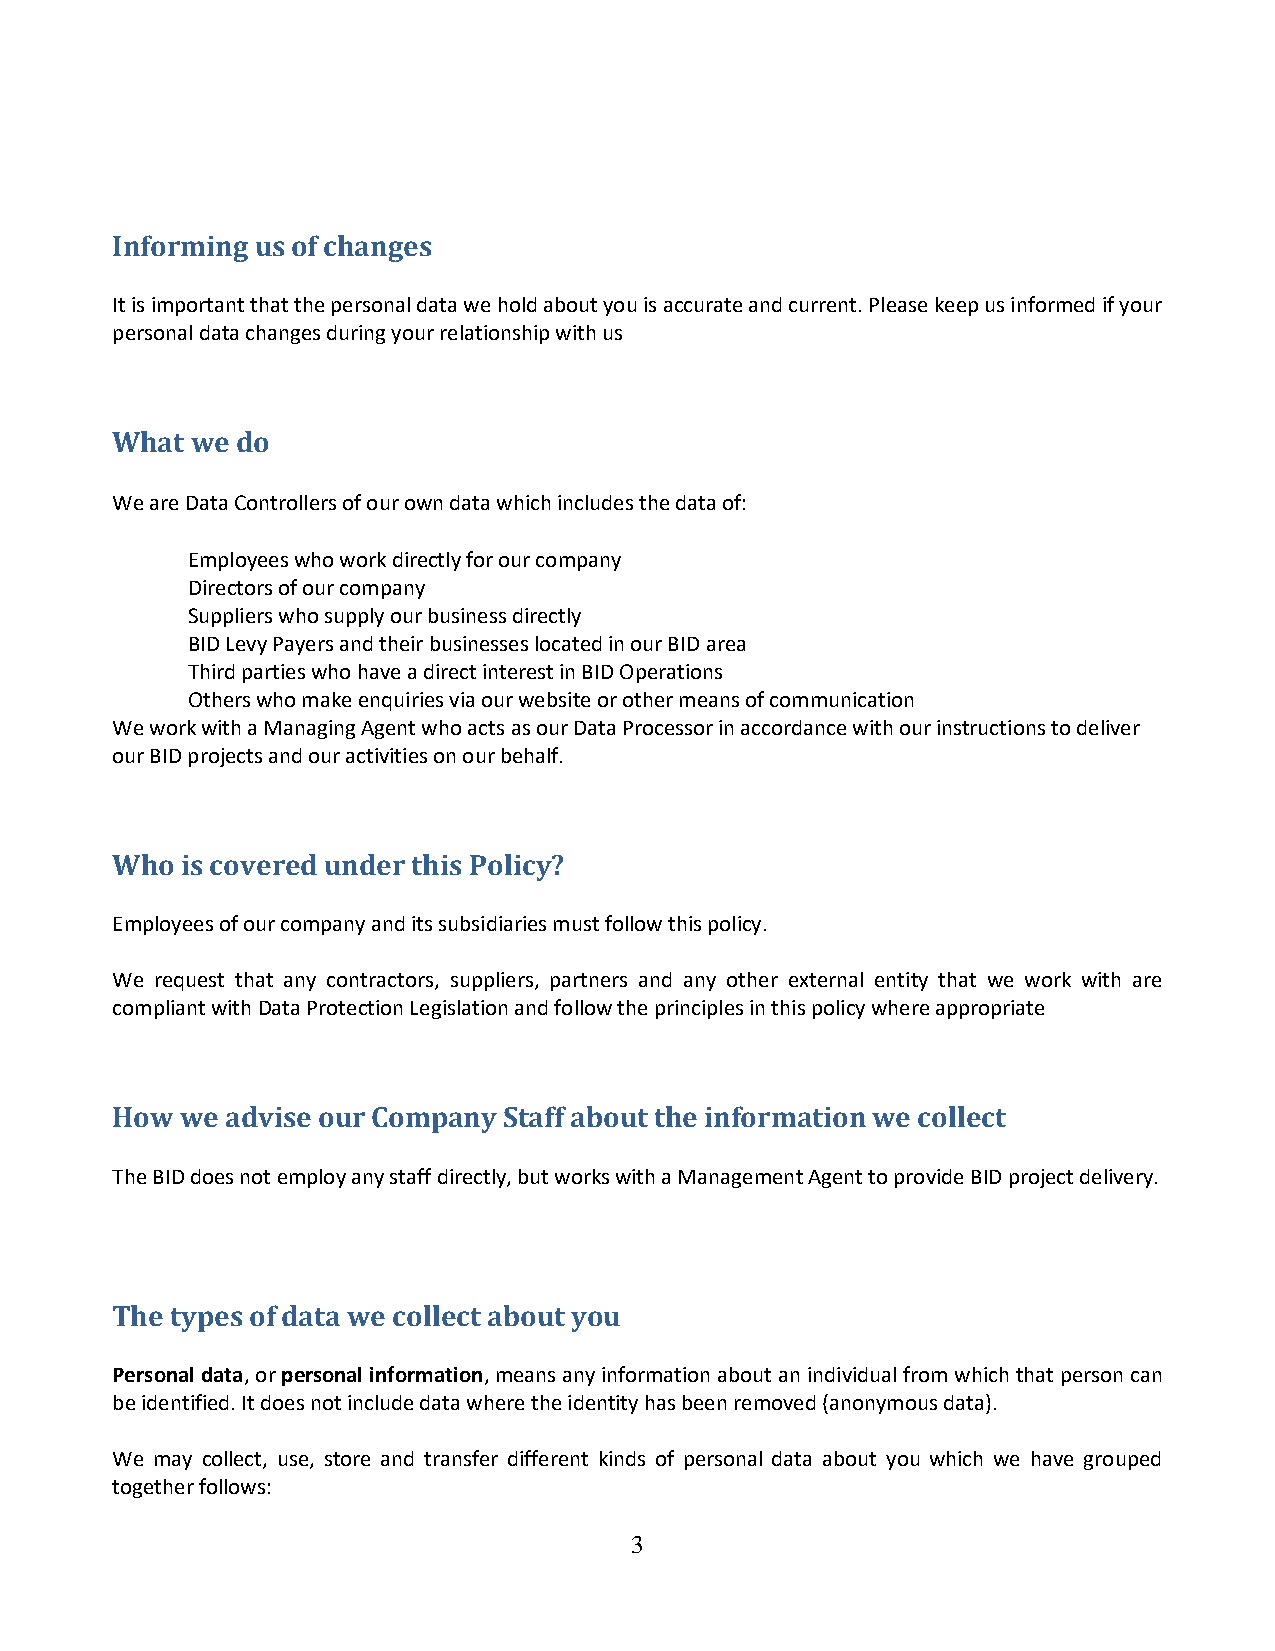
Informing us of changes
 It is important that the personal data we hold about you is accurate and current. Please keep us informed if your
 personal data changes during your relationship with us
 What  we do
 We are Data Controllers of our own data which includes the data of:
 Employees who work directly for our company
 Directors of our company
 Suppliers who supply our business directly
 BID Levy Payers and their businesses located in our BID area
 Third parties who have a direct interest in BID Operations
 Others who make enquiries via our website or other means of communication
 We work with a Managing Agent who acts as our Data Processor in accordance with our instructions to deliver
 our BID projects and our activities on our behalf.
 Who  is covered under this Policy?
 Employees of our company and its subsidiaries must follow this policy.
 We request that any contractors, suppliers, partners and any other external entity that we work with are
 compliant with Data Protection Legislation and follow the principles in this policy where appropriate
 How  we advise our Company Staff about the information we collect
 The BID does not employ any staff directly, but works with a Management Agent to provide BID project delivery.
 The types of data we collect about you
 Personal data, or personal information, means any information about an individual from which that person can
 be identified. It does not include data where the identity has been removed (anonymous data).
 We may collect, use, store and transfer different kinds of personal data about you which we have grouped
 together follows:
 3